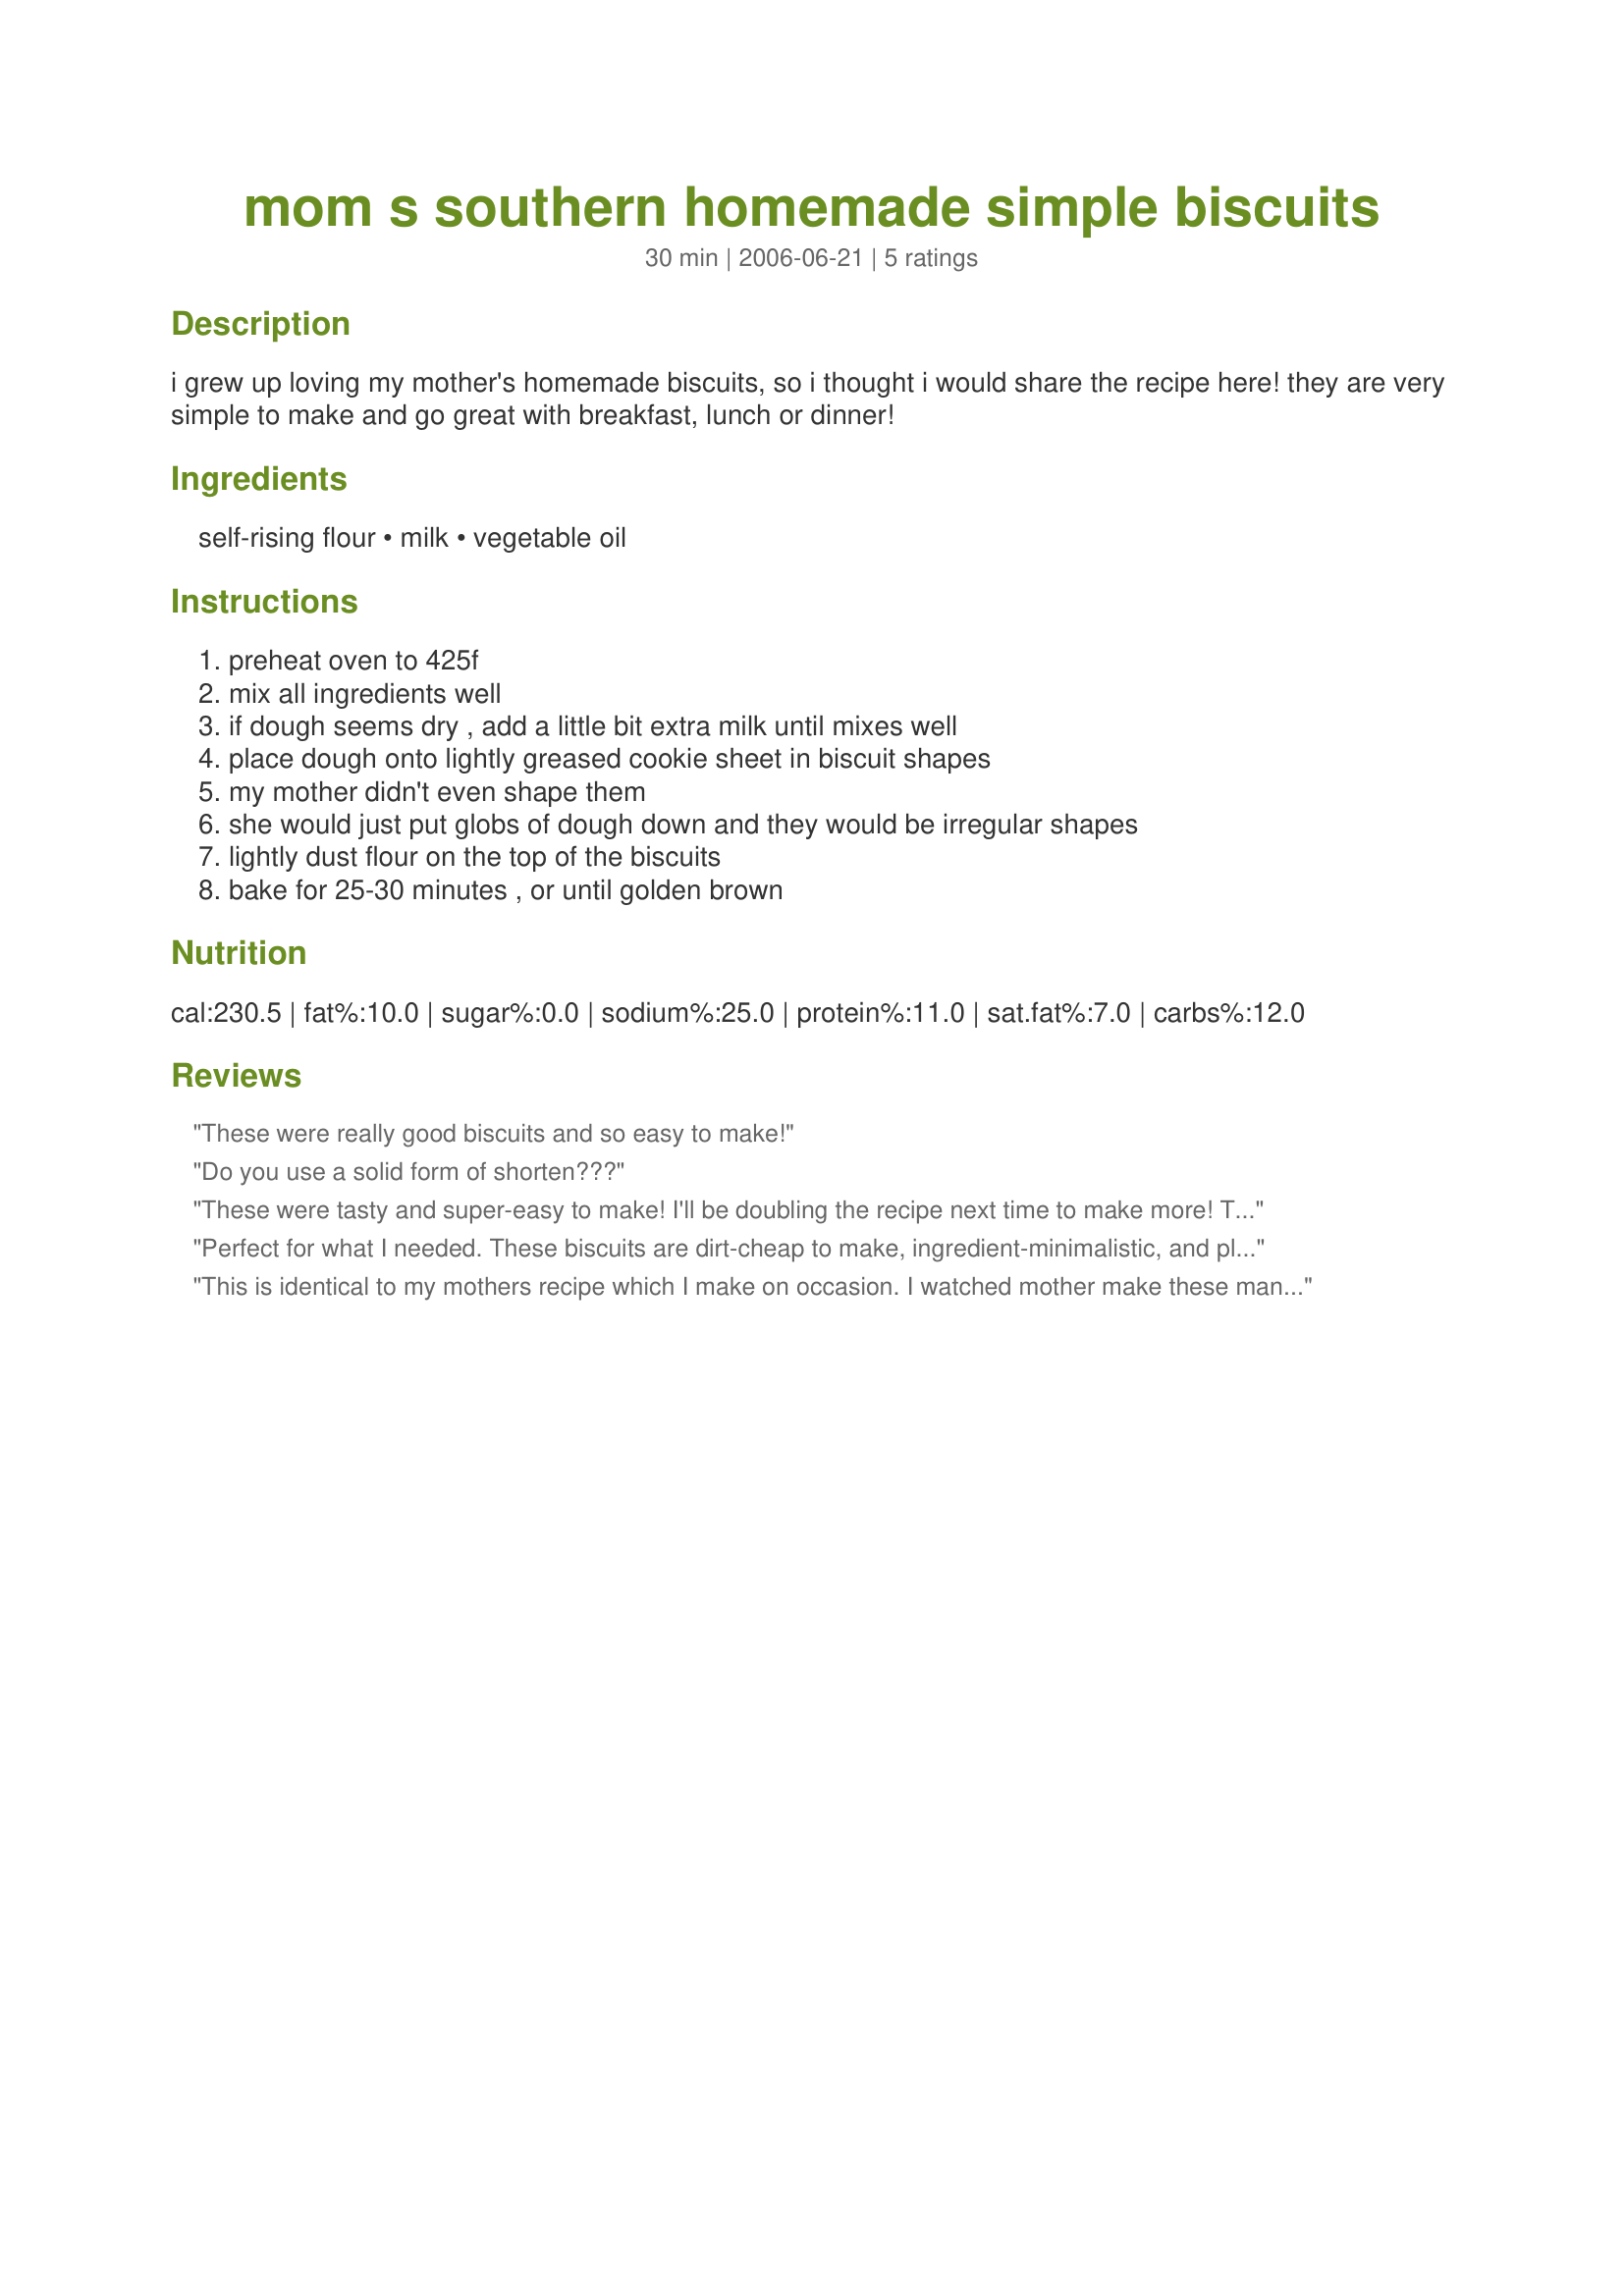
mom s southern homemade simple biscuits
Preparation time: 30 minutes

i grew up loving my mother's homemade biscuits, so i thought i would share the recipe here! they are very simple to make and go great with breakfast, lunch or dinner!

Ingredients:
self-rising flour, milk, vegetable oil

Steps:
preheat oven to 425f, mix all ingredients well, if dough seems dry , add a little bit extra milk until mixes well, place dough onto lightly greased cookie sheet in biscuit shapes, my mother didn't even shape them, she would just put globs of dough down and they would be irregular shapes, lightly dust flour on the top of the biscuits, bake for 25-30 minutes , or until golden brown

Reviews:
These were really good biscuits and so easy to make!
Do you use a solid form of shorten???
These were tasty and super-easy to make! I'll be doubling the recipe next time to make more! Thanks for posting!
Perfect for what I needed. These biscuits are dirt-cheap to make, ingredient-minimalistic, and pleasantly palatable. I drowned the results in butter. Delicious. Note: My mom used to make these, too.
This is identical to my mothers recipe which I make on occasion. I watched mother make these many times as youngster. Of course, mother didn't measure anything so thanks for posting the recipe withthe exact measurements. These are wonderful in texture and taste.
